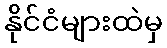
နိုင်ငံများထဲမှ